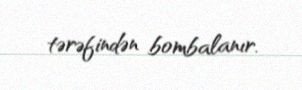
tərəfindən bombalanır.